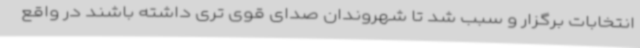
انتخابات برگزار و سبب شد تا شهروندان صدای قوی تری داشته باشند در واقع